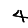
Digit: 4